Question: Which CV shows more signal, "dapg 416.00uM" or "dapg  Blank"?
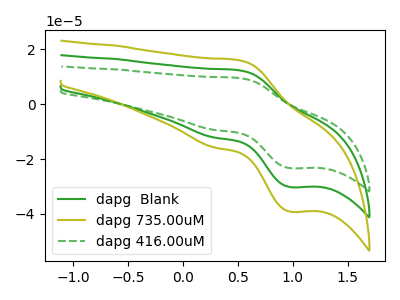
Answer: <think>The green curve "dapg  Blank" has an anodic peak at (0.50V, 12.35uA) and a cathodic peak at (1.00V, -30.25uA). The olive curve "dapg 735.00uM" has an anodic peak at (0.50V, 24.75uA) and a cathodic peak at (1.00V, -60.45uA). The green dashed curve "dapg 416.00uM" has an anodic peak at (0.50V, 9.55uA) and a cathodic peak at (1.00V, -23.30uA).
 All the peaks in "dapg 416.00uM" have a peak in "dapg  Blank" at the same potential. Every peak in "dapg 416.00uM" is lower than every peak in "dapg  Blank".</think>
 <answer>"dapg 416.00uM" has less signal than "dapg  Blank".</answer>
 <eval>less_signal</eval>